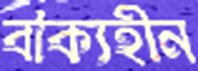
বাক্যহীন